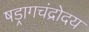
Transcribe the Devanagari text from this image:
षड्रागचंद्रोदय